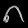
Digit: ၈